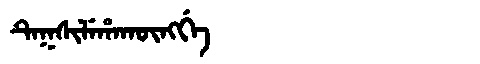
Manchu: ᡨᡝᡴᠰᡳᠯᡝᡥᠠᡴᡡᠩᡤᡝ
Romanization: TEKSILEHAKŪNGGE